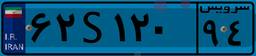
۶۲S۱۲۰۹۴